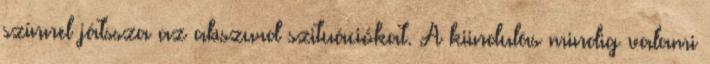
színnel játssza az abszurd szituációkat. A kiindulás mindig valami